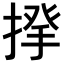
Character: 𢰱